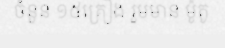
ចំនួន ១៥គ្រឿង រួមមាន ម៉ូតូ